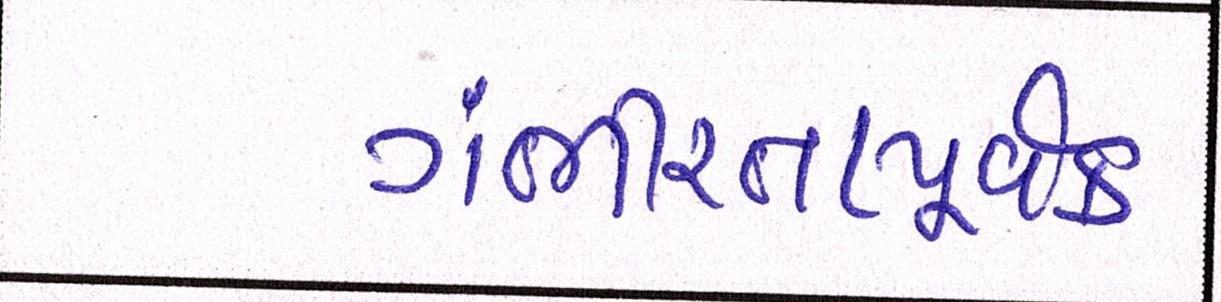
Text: ગંભીરતાપૂર્વક